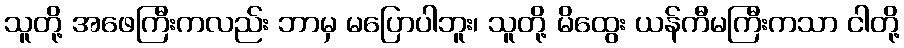
သူတို့ အဖေကြီးကလည်း ဘာမှ မပြောပါဘူး၊ သူတို့ မိထွေး ယန်ကီမကြီးကသာ ငါတို့